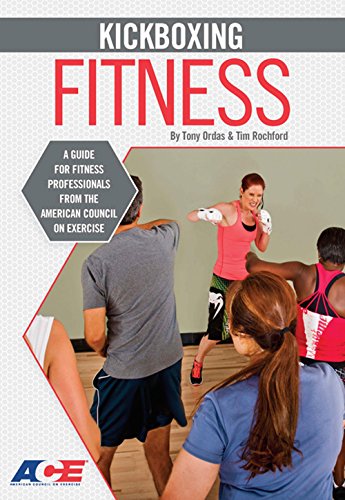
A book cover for Kickboxing Fitness: A Guide For Fitness Professionals From The American Council On Exercise (Guides for Fitness Professionals) (Ace's Group Fitness Specialty); Tony Ordas; Sports & Outdoors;